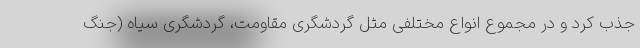
جذب کرد و در مجموع انواع مختلفی مثل گردشگری مقاومت، گردشگری سیاه (جنگ